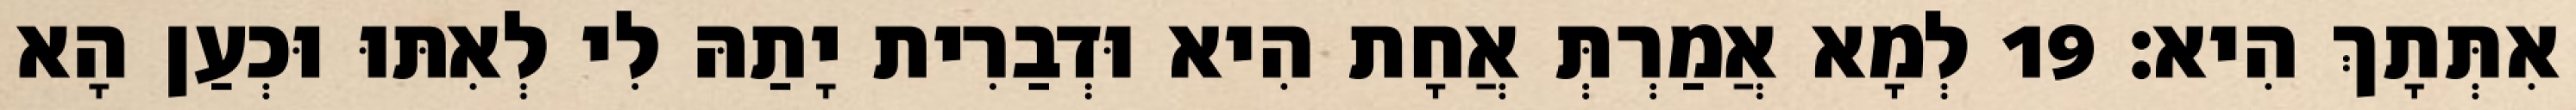
אִתְּתָךְ הִיא׃ 19 לְמָא אֲמַרְתְּ אֲחָת הִיא וּדְבַרִית יָתַהּ לִי לְאִתּוּ וּכְעַן הָא